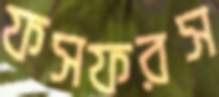
ফসফরস